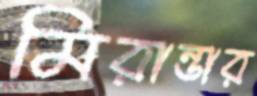
মিরান্ডার